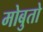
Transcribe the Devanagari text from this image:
मोबुतो